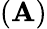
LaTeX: (\mathbf{A})